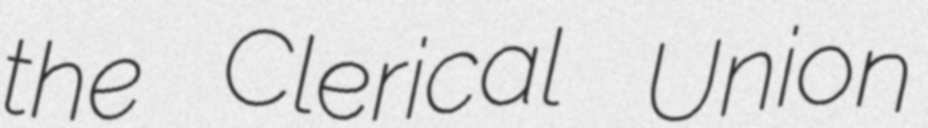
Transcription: the Clerical Union